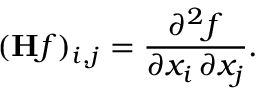
( \mathbf { H } f ) _ { i , j } = { \frac { \partial ^ { 2 } f } { \partial x _ { i } \, \partial x _ { j } } } .